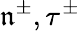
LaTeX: \mathfrak{n}^{\pm},\tau^{\pm}